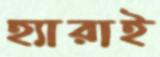
হ্যারাই